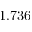
1 . 7 3 6